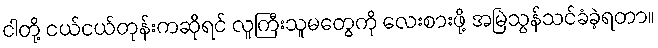
ငါတို့ ငယ်ငယ်တုန်းကဆိုရင် လူကြီးသူမတွေကို လေးစားဖို့ အမြဲသွန်သင်ခံခဲ့ရတာ။